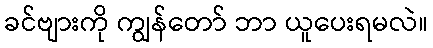
ခင်ဗျားကို ကျွန်တော် ဘာ ယူပေးရမလဲ။